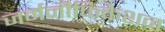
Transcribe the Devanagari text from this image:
जर्मनीफिकेशन